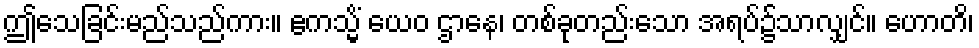
ဤသေခြင်းမည်သည်ကား။ ဧကသ္မိံ ယေဝ ဌာနေ၊ တစ်ခုတည်းသော အရပ်၌သာလျှင်။ ဟောတိ၊